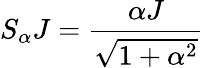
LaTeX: S_{\alpha}J=\frac{\alpha J}{\sqrt{1+\alpha^{2}}}